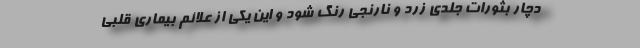
دچار بثورات جلدی زرد و نارنجی رنگ شود و این یکی از علائم بیماری قلبی